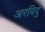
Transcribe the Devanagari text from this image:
अरविदु